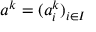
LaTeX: a ^ { k } = ( a _ { i } ^ { k } ) _ { i \in I }